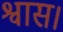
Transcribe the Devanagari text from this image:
श्वास।